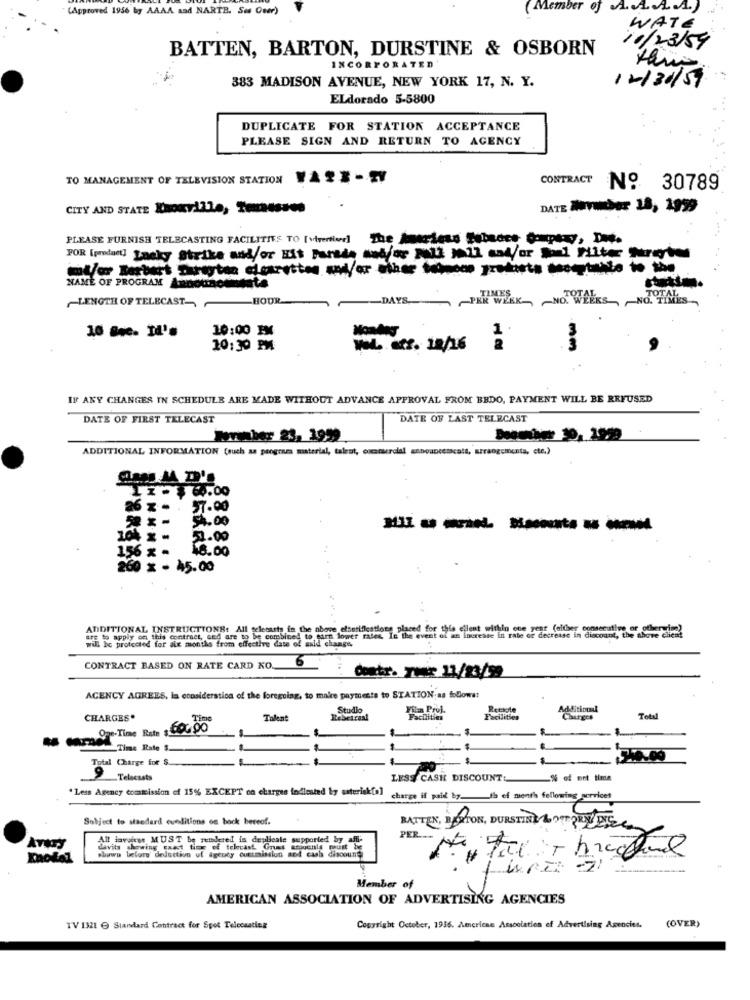
(Approved 1956 by AAAA aad NARTE. Ses Ouer)
( Member of A. A. A. A.
WATE
BATTEN, BARTON, DURSTINE & OSBORN
10/23/59
INCORPORATED
383 MADISON AVENUE, NEW YORK 17, N. Y.
12/31/59
ELdorado 5-5800
DUPLICATE FOR STATION ACCEPTANCE
PLEASE SIGN AND RETURN TO AGENCY
TO MANAGEMENT OF TELEVISION STATION
CONTRACT
No 30789
CITY AND STATE Knowville, Tousses
DATE MYother 18, 1999
PLEASE FURNISH TELECASTING FACILITIES TO [virenter] The haardess Fibades Company, Ded.
FOR [product] Lucky Strike and/or Hit Parade sadfor all mll and/ or pol Filter Note
NAME OF PROGRAM Announce stata
LENGTH OF TELECAST- HOUR
KK WERK- NO. WEEKS , NO. TIMES
DAYS_
10 Bnc. Id's
10:00 IM
1 .
10:30 PM
Wat. att. 18/16
IF ANY CHANGES IN SCHEDULE ARE MADE WITHOUT ADVANCE APPROVAL FROM BBDO, PAYMENT WILL BE REFUSED
DATE OF FIRST TELECAST
DATE OF LAST TELECAST
Wortaber 23, 1999
ADDITIONAL INFORMATION (such as programa material, talent, commercial adbouncemscatt, arrangementa, cte.)
8 60.00
26
57.00
54.00
104 x -
51.00
156 x -
18.00
260 x - À5.00
ADDITIONAL INSTRUCTIONS: All telecasts in the above elastiflestions placed for this ellent within one year (either consecutive or offer ime)
will be protected for six months from effective date of aald change,
are to apply on this contract, Ged are to be combined to earn lower rates In the event of an Increase in rate or decrease in discount, the above client
6
CONTRACT BASED ON RATE CARD KO.
Contr. Twee 11/23/99
AGENCY AGREES, is consideration of the foregoing, to make paymeste to STATION;as follows:
Studi
Filan Prof.
Retaole
Additional
CHARGES.
Talent
Rebeicast
Facilities
Facilities
Charges
Told
Ope- Time Rate : CoG.90
Time Este $.
Total Charge for $.
Telecasts
LESS CASH DISCOUNT:
-% of ort time
" Less Agency commission of 15% EXCEPT on charges fodiested by asterisk[a]
charge if paid by.th ef menth following services
Subject to standard eunditions os bock bereof.
BATTEN, BOLTON, BURSTING LOTRESC
All Haveiess MUST be rendered in deplicate supported by affi-
PER .....
ATUTY
shuwo before' deduction uf agency cuttmission and cash discount
davits showing caast ticas of telecast Gruss amoenla must be
mnotal
fures -21
Member of
AMERICAN ASSOCIATION OF ADVERTISING AGENCIES
(OVER)
TV 1321 € Standard Contract for Spot Telecsatiez
Copyright October, 1956. American Association of Advertising Agencies.